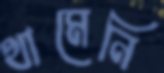
থামেনি